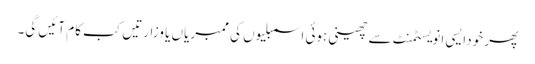
پھر خودایسی انویسٹمنٹ سے چھینی ہوئی اسمبلیوں کی ممبریاں یا وزارتیں کب کام آئیں گی۔